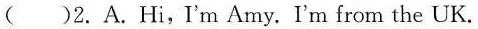
( ）2.A.Hi,I'm Amy. I'm from the UK.